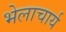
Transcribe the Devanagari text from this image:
भेलाचार्य